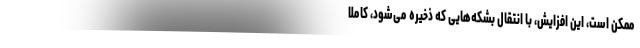
ممکن است، این افزایش، با انتقال بشکه‌هایی که ذخیره می‌شود، کاملاً